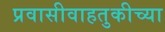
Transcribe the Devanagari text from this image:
प्रवासीवाहतुकीच्या